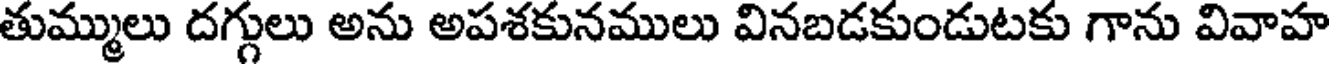
తుమ్ములు దగ్గులు అను అపశకునములు వినబడకుండుటకు గాను వివాహ